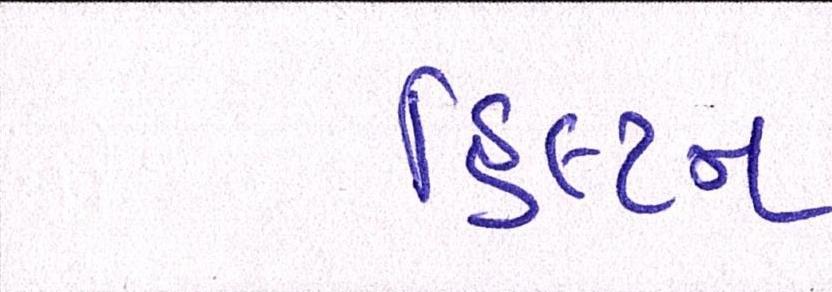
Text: હિલ્ટન